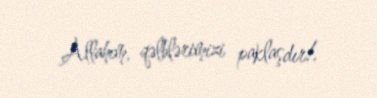
Allahım, qəlblərimizi paklaşdır!.